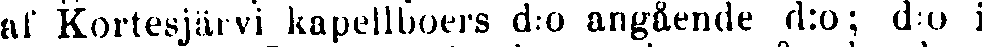
af KortesJärvi kapellboers d:o angående d:o; d:o i